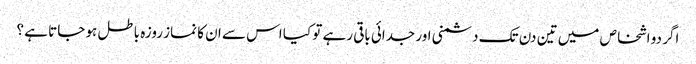
اگر دو اشخاص میں تین دن تک دشمنی اور جدائی باقی رہے تو کیا اس سے ان کا نماز روزہ باطل ہو جاتا ہے ؟